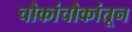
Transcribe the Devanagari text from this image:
चौकांचौकांतून